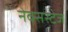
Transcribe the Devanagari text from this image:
नेक्सस्टेज